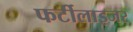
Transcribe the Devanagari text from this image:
फर्टीलाइजर